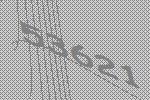
53621